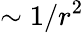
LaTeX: \sim 1/r^{2}